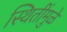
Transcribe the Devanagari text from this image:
स्थितींमुळे